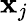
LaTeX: \textbf{x}_{j}